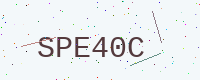
Text: SPE40C